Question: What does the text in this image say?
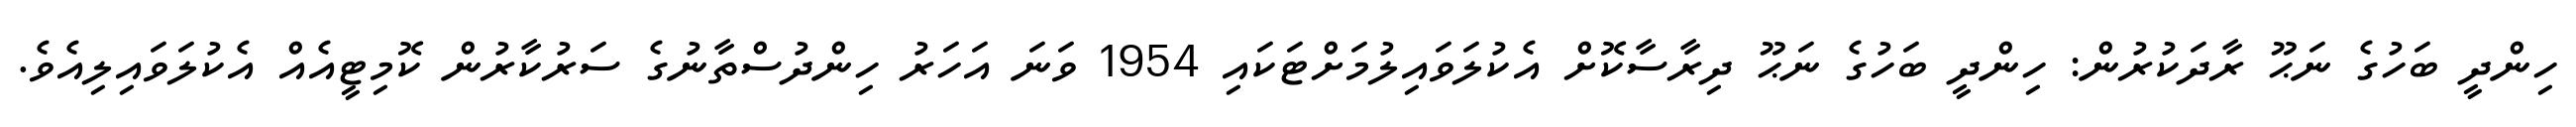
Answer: ހިންދީ ބަހުގެ ނަޙޫ ރާދަކުރުން: ހިންދީ ބަހުގެ ނަޙޫ ދިރާސާކޮށް އެކުލަވައިލުމަށްޓަކައި 1954 ވަނަ އަހަރު ހިންދުސްތާނުގެ ސަރުކާރުން ކޮމިޓީއެއް އެކުލަވައިލިއެވެ.